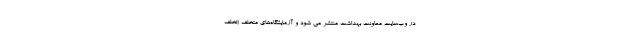
در وب‌سایت معاونت بهداشت منتشر می شود و آزمایشگاه‌های متخلف (تخلف